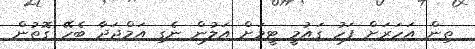
ތިން އަހަރަށް ފަހު ގައުމީ ޓީމަށް އަލުން ނެގި އަމްޖަދާ ބެހޭ ގޮތުން